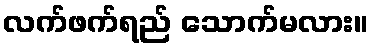
လက်ဖက်ရည် သောက်မလား။